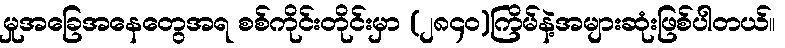
မှုအခြေအနေတွေအရ စစ်ကိုင်းတိုင်းမှာ (၂၈၄၀)ကြိမ်နဲ့အများဆုံးဖြစ်ပါတယ်။